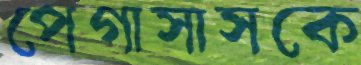
পেগাসাসকে